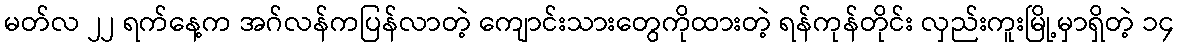
မတ်လ ၂၂ ရက်နေ့က အဂ်လန်ကပြန်လာတဲ့ ကျောင်းသားတွေကိုထားတဲ့ ရန်ကုန်တိုင်း လှည်းကူးမြို့မှာရှိတဲ့ ၁၄